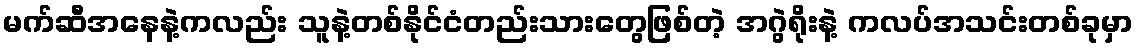
မက်ဆီအနေနဲ့ကလည်း သူနဲ့တစ်နိုင်ငံတည်းသားတွေဖြစ်တဲ့ အဂွဲရိုးနဲ့ ကလပ်အသင်းတစ်ခုမှာ